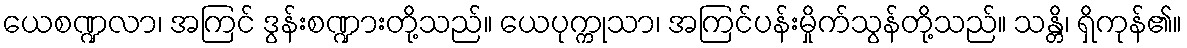
ယေစဏ္ဍလာ၊ အကြင် ဒွန်းစဏ္ဍားတို့သည်။ ယေပုက္ကုသာ၊ အကြင်ပန်းမှိုက်သွန်တို့သည်။ သန္တိ၊ ရှိကုန်၏။